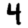
Digit: 4